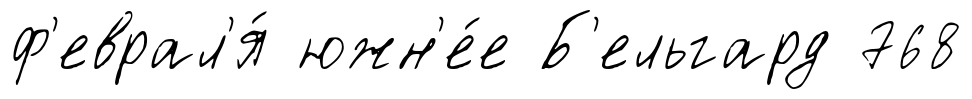
ф'еврал'я́ южн'е́е Б'ельгард 768